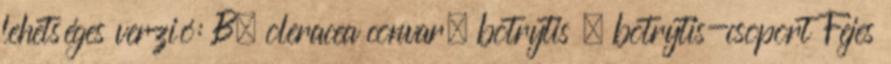
lehetséges verzió: B. oleracea convar. botrytis – botrytis-csoport Fejes